Scottish Leaving Certificate Examination, 1961
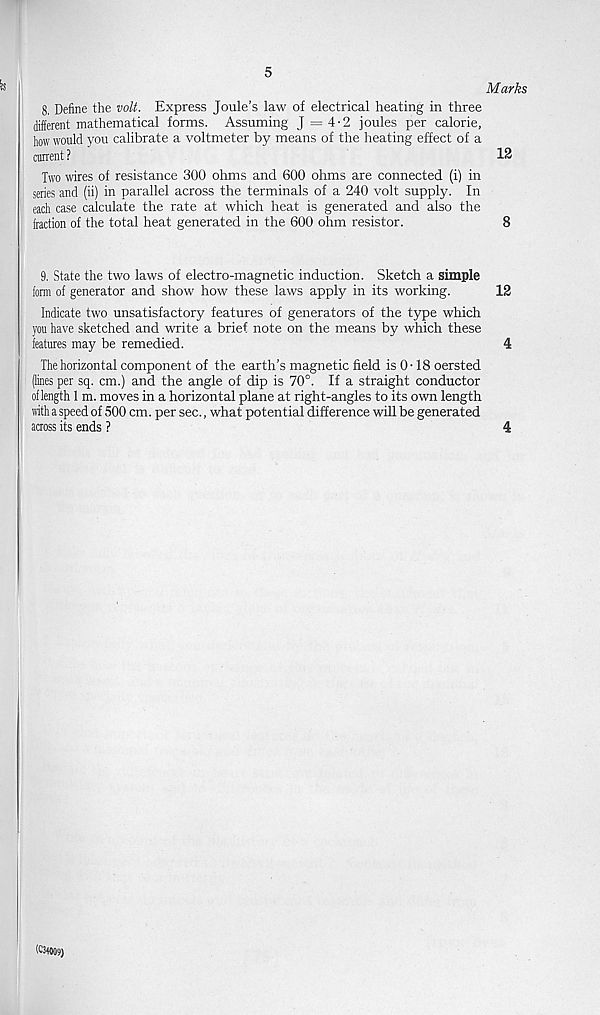
8. Define the volt. Express Joule's law of electrical heating in three
different mathematical forms. Assuming J = 4-2 joules per calorie,
how would you calibrate a voltmeter by means of the heating effect of a
current ?
Two wires of resistance 300 ohms and 600 ohms are connected (i) in
series and (ii) in parallel across the terminals of a 240 volt supply. In
each case calculate the rate at which heat is generated and also the
fraction of the total heat generated in the 600 ohm resistor.
9. State the two laws of electro-magnetic induction. Sketch a simple
form of generator and show how these laws apply in its working.
Indicate two unsatisfactory features of generators of the type which
you have sketched and write a brief note on the means by which these
features may be remedied.
The horizontal component of the earth’s magnetic field is 0-18 oersted
(lines per sq. cm.) and the angle of dip is 70°. If a straight conductor
oflength 1 m. moves in a horizontal plane at right-angles to its own length
with a speed of 500 cm. per sec., what potential difference will be generated
across its ends ?